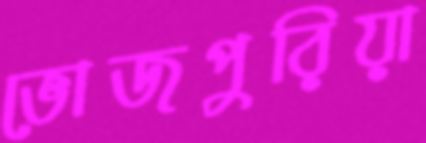
ভোজপুরিয়া